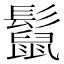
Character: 𩯡